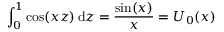
\int _ { 0 } ^ { 1 } \cos ( x z ) \, \mathrm { d } z = { \frac { \sin ( x ) } { x } } = U _ { 0 } ( x )